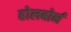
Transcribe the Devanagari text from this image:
होलबोर्न